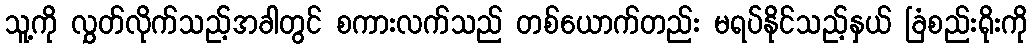
သူ့ကို လွှတ်လိုက်သည့်အခါတွင် စကားလက်သည် တစ်ယောက်တည်း မရပ်နိုင်သည့်နှယ် ခြံစည်းရိုးကို